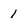
Character: 1